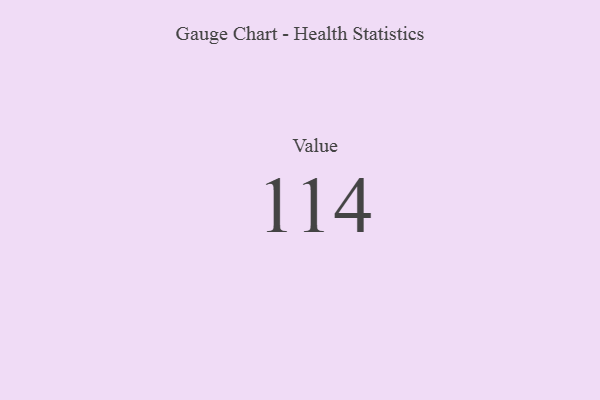
{"axis": {"x": "Metric", "y": "Value"}, "legend": [""], "data": [{"x": "Value", "y": 114, "type": ""}]}